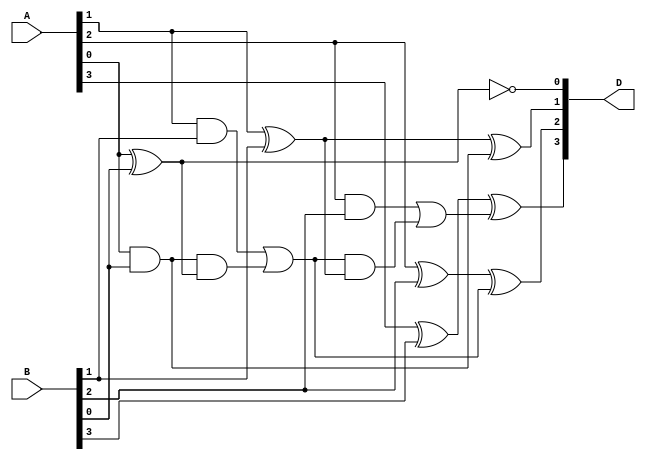
module CLB_CarryLookahead_Subtractor (
    input [3:0] A,
    input [3:0] B,
    output [3:0] D
);

wire [4:0] G, P, C;

assign G[0] = A[0] & B[0];
assign P[0] = A[0] ^ B[0];
assign C[0] = A[0] | B[0];

assign G[1] = (A[1] & B[1]) | (G[0] & P[0]);
assign P[1] = A[1] ^ B[1];
assign C[1] = (A[1] & B[1]) | (G[0] & P[0]);

assign G[2] = (A[2] & B[2]) | (G[1] & P[1]);
assign P[2] = A[2] ^ B[2];
assign C[2] = (A[2] & B[2]) | (G[1] & P[1]);

assign G[3] = (A[3] & B[3]) | (G[2] & P[2]);
assign P[3] = A[3] ^ B[3];
assign C[3] = (A[3] & B[3]) | (G[2] & P[2]);

assign D[0] = A[0] ^ B[0] ^ 1;
assign D[1] = A[1] ^ B[1] ^ G[0];
assign D[2] = A[2] ^ B[2] ^ G[1];
assign D[3] = A[3] ^ B[3] ^ G[2];

endmodule